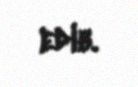
edib.